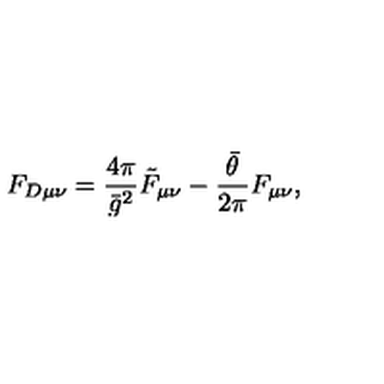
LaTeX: F _ { D \mu \nu } = \frac { 4 \pi } { \bar { g } ^ { 2 } } \tilde { F } _ { \mu \nu } - \frac { \bar { \theta } } { 2 \pi } F _ { \mu \nu } ,